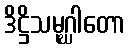
ဒိဋ္ဌိသမုဂ္ဃါတော